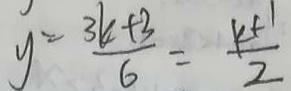
y = \frac { 3 k + 3 } { 6 } = \frac { k + 1 } { 2 }